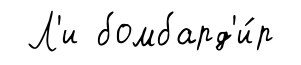
Л'и бомбард'и́р